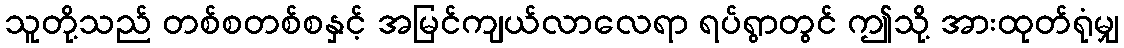
သူတို့သည် တစ်စတစ်စနှင့် အမြင်ကျယ်လာလေရာ ရပ်ရွာတွင် ဤသို့ အားထုတ်ရုံမျှ